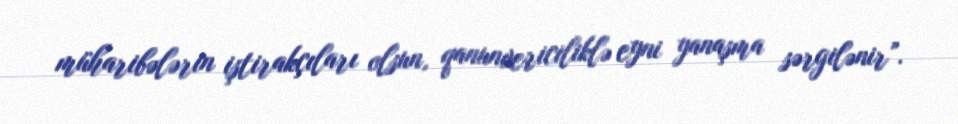
müharibələrin iştirakçıları olsun, qanunvericiliklə eyni yanaşma sərgilənir”.